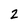
Character: 2